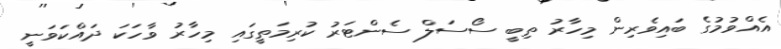
އެއްވުމުގެ ބައިވެރިން މިހާރު ތިބީ ސޯސަލް ސެންޓަރު ކުރިމަތީގައި މިހާރު ވާހަކަ ދައްކަވަނީ